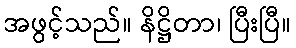
အဖွင့်သည်။ နိဋ္ဌိတာ၊ ပြီးပြီ။